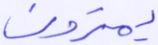
يمترون